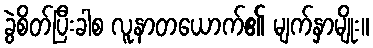
ခွဲစိတ်ပြီးခါစ လူနာတယောက်၏ မျက်နှာမျိုး။